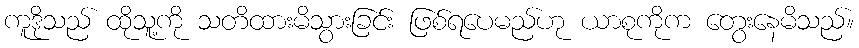
ကူဒိုသည် ထိုသူ့ကို သတိထားမိသွားခြင်း ဖြစ်ရပေမည်ဟု ယာစုကိုက တွေးနေမိသည်။